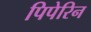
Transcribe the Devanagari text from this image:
पिपेरिन